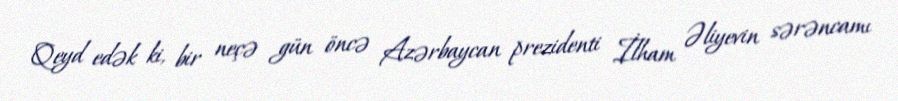
Qeyd edək ki, bir neçə gün öncə Azərbaycan prezidenti İlham Əliyevin sərəncamı